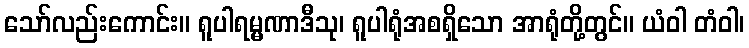
သော်လည်းကောင်း။ ရူပါရမ္မဏာဒီသု၊ ရူပါရုံအစရှိသော အာရုံတို့တွင်။ ယံဝါ တံဝါ၊